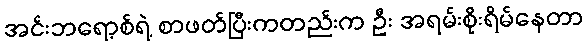
အင်းဘရော့စ်ရဲ့ စာဖတ်ပြီးကတည်းက ဦး အရမ်းစိုးရိမ်နေတာ